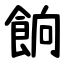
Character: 餉